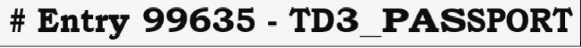
# Entry 99635 - TD3_PASSPORT